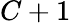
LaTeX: C+1